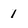
Character: 1